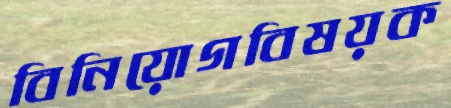
বিনিয়োগবিষয়ক